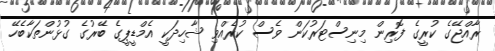
ރާއްޖޭގެ ކުރީގެ ފޮރިން މިނިސްޓަރުކަން ވެސް ކުރެއްވި ޝާހިދަކީ އެމްޑީޕީގެ ބޭރުގެ ގުޅުންތަކާބެހޭ